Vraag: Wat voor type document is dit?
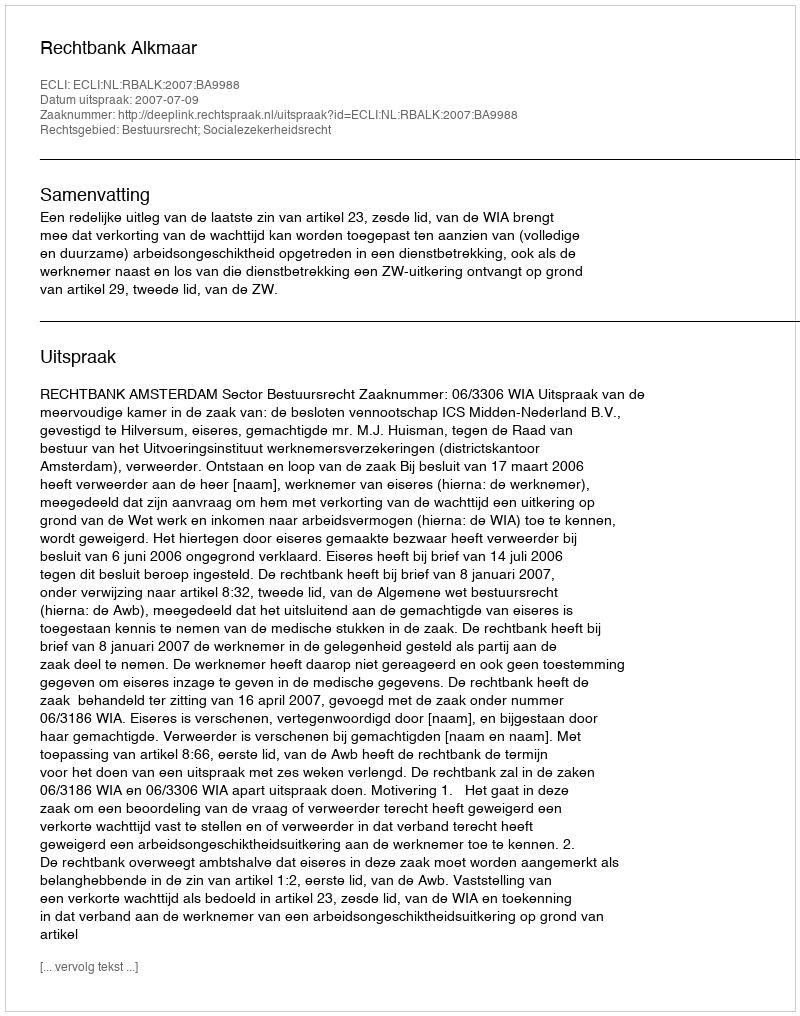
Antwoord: Uitspraak